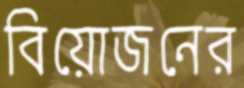
বিয়োজনের